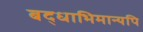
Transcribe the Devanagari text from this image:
बद्धाभिमान्यपि